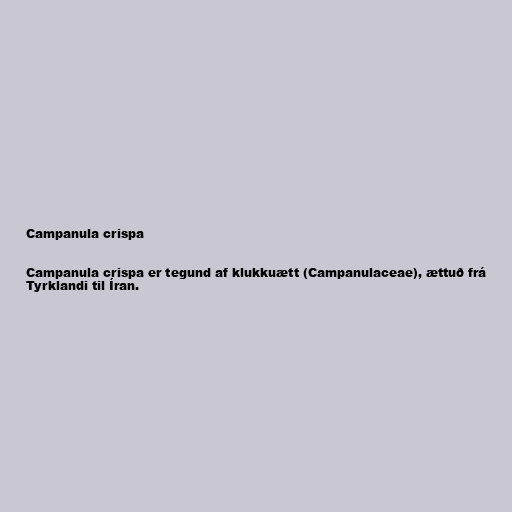
Campanula crispa

Campanula crispa er tegund af klukkuætt (Campanulaceae), ættuð frá
Tyrklandi til Íran.